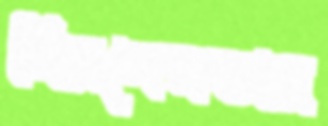
নিরপেক্ষতার